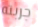
جربته